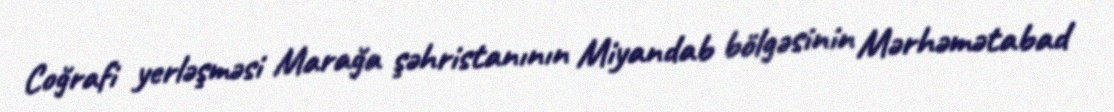
Coğrafi yerləşməsi Marağa şəhristanının Miyandab bölgəsinin Mərhəmətabad